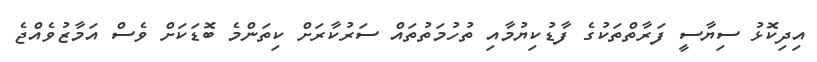
އިދިކޮޅު ސިޔާސީ ފަރާތްތަކުގެ ފާޑުކިޔުމާއި ތުހުމަތުތައް ސަރުކާރަށް ކިތަންމެ ބޮޑަކަށް ވެސް އަމާޒުވެއްޖެ